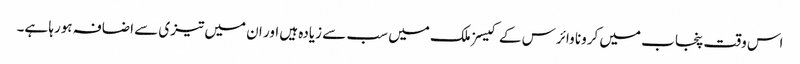
اس وقت پنجاب میں کرونا وائرس کے کیسز ملک میں سب سے زیادہ ہیں اور ان میں تیزی سے اضافہ ہورہا ہے۔